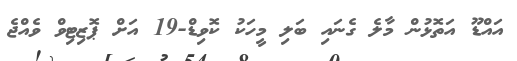
އައްޑޫ އަތޮޅުން މާލެ ގެނައި ބަލި މީހަކު ކޮވިޑް-19 އަށް ޕޮޒިޓިވް ވެއްޖެ